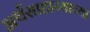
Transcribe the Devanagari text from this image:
अर्थसाहाय्याच्या